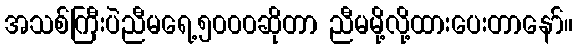
အသစ်ကြီးပဲညီမရေ့၅၀၀၀ဆိုတာ ညီမမို့လို့ထားပေးတာနော်။